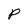
Character: P